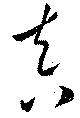
真